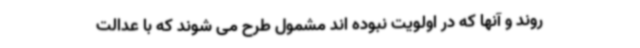
روند و آنها که در اولویت نبوده اند مشمول طرح می شوند که با عدالت